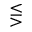
\lesseqgtr